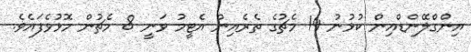
އިންގްލޭންޑްއިން ކުޅުނު 14 މެޗުގެ ތެރެއިން އެޓީމު ވަނީ 8 މެޗުން މޮޅުވެފައެވެ.